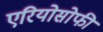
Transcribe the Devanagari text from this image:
एरियोसोफी